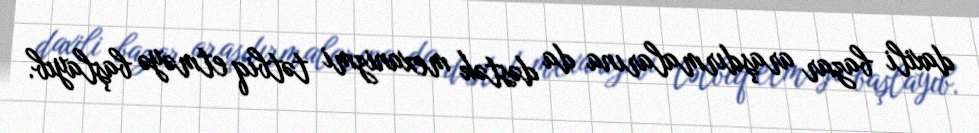
daxili bazar araşdırmalarına da dəstək mexanizmi tətbiq etməyə başlayıb.